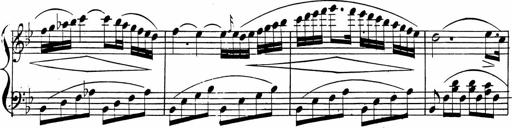
Title: 2 Piano Sonatinas
Composer: Ferdinand Ries